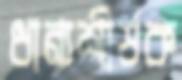
ধান্যশীর্ষক